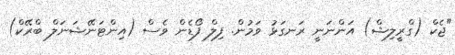
"ޖެކް (ގްރީލިޝް) އަންނަނީ ރަނގަޅު ވަމުން. ފިލް ފޯޑެން ވެސް (އިންޓަނޭޝަނަލް ބްރޭކް)